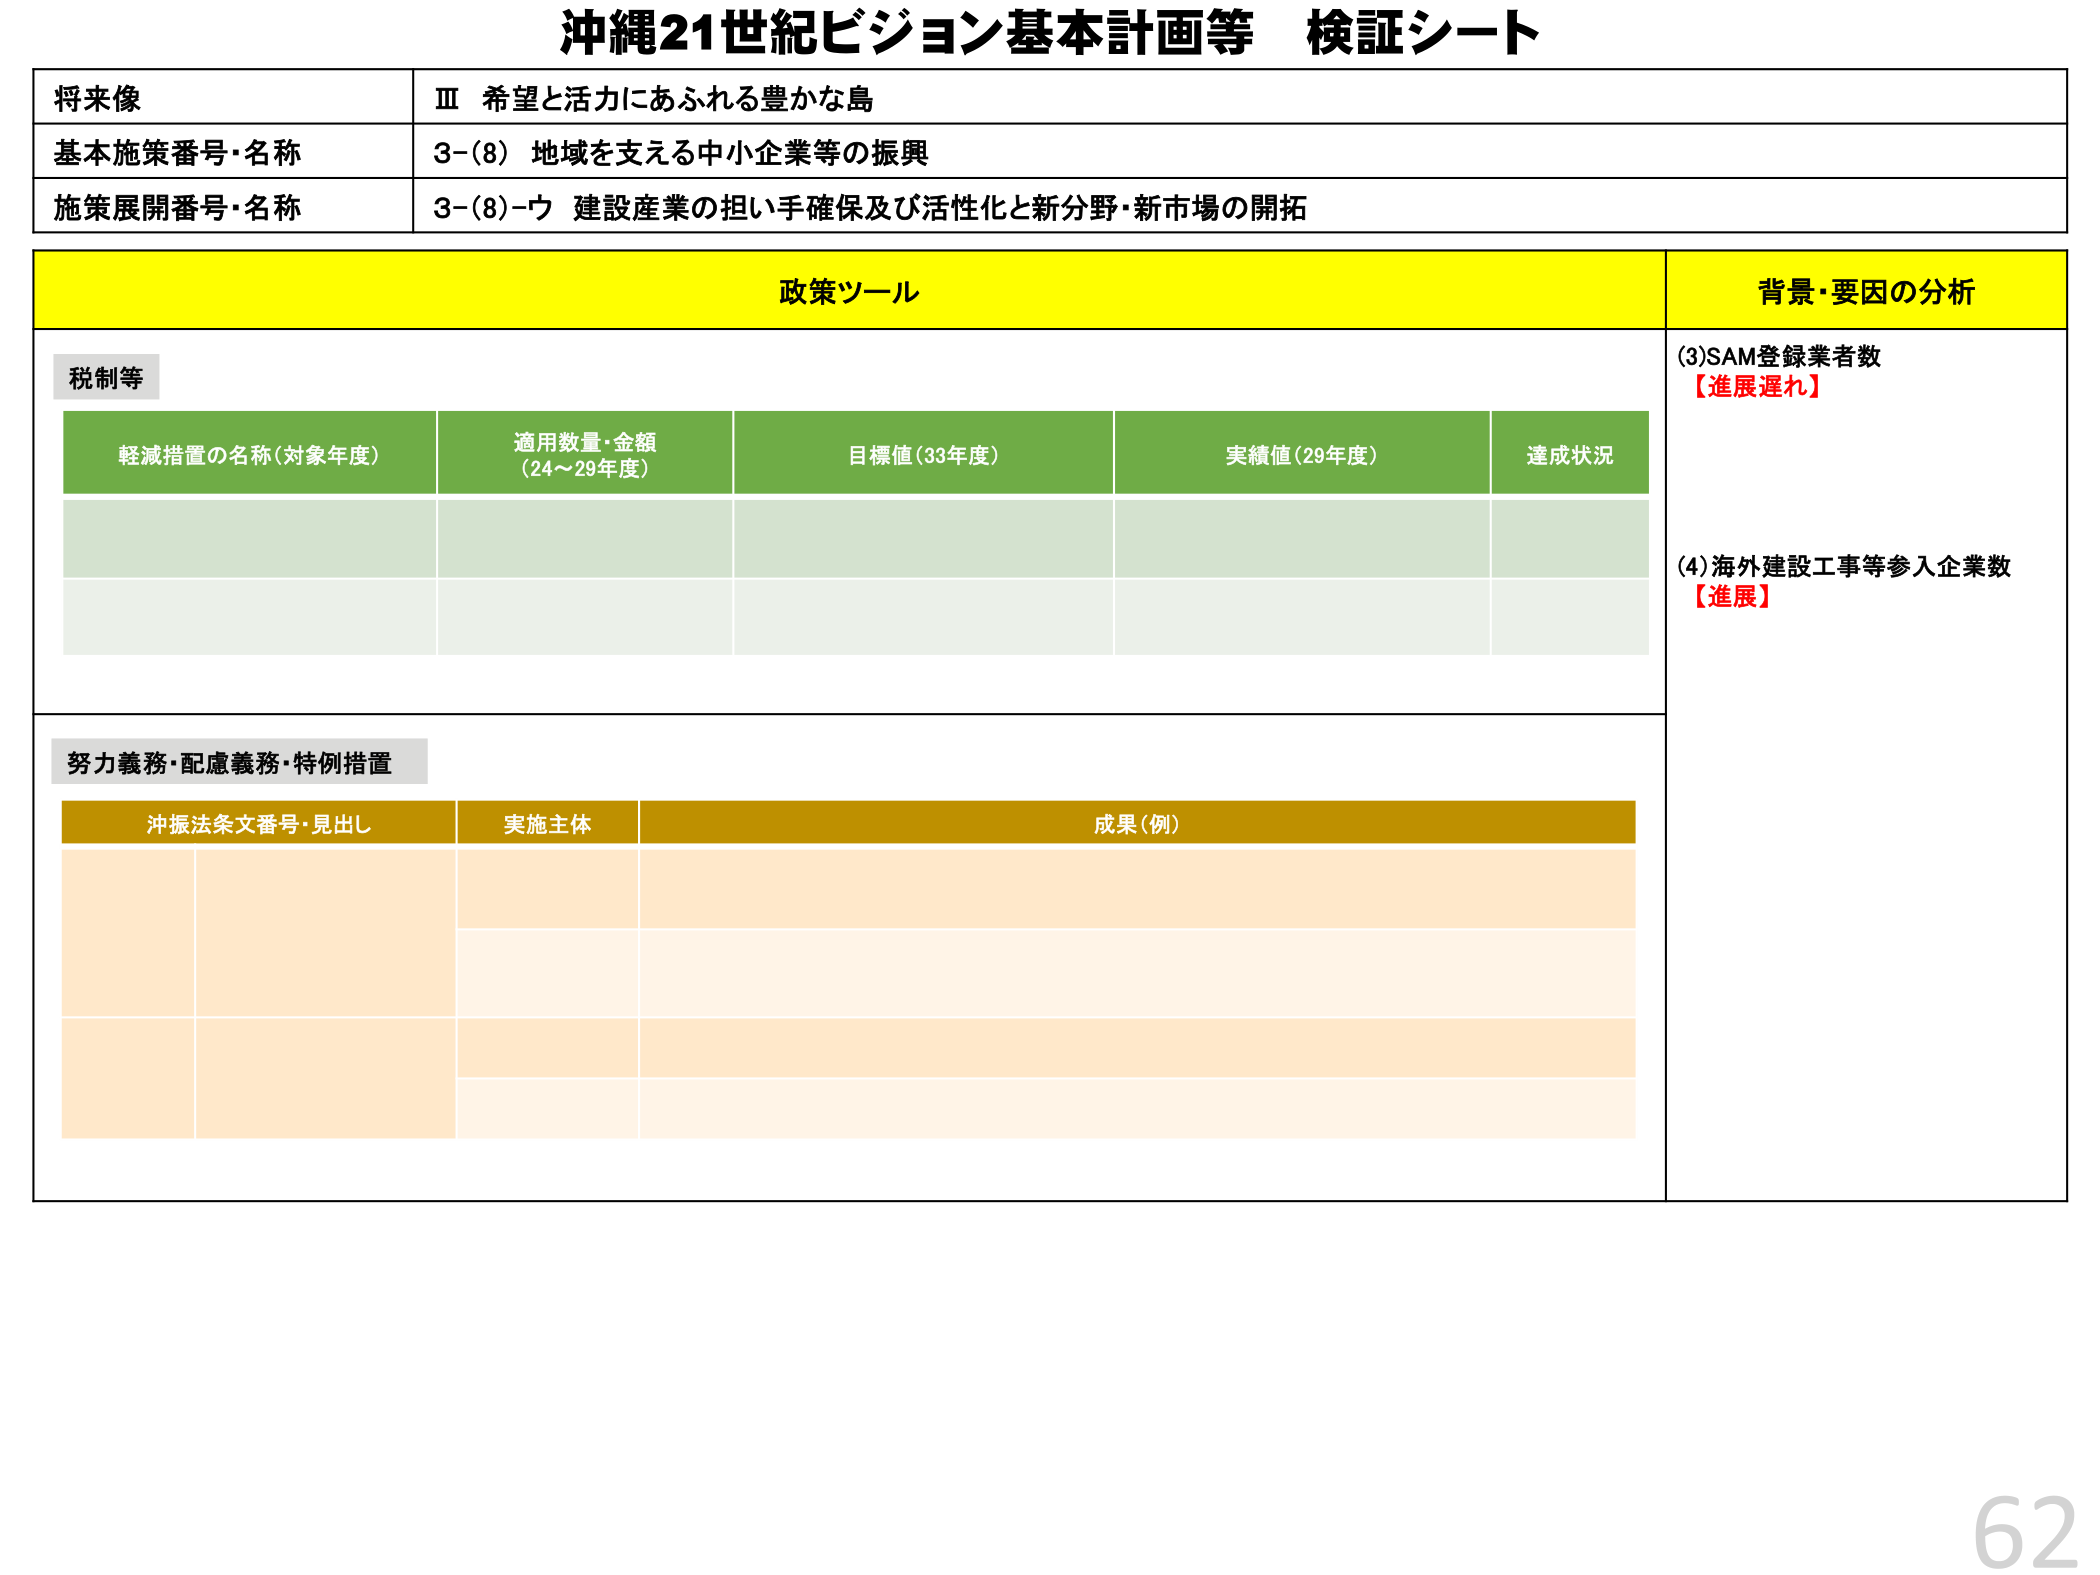
沖縄21世紀ビジョン基本計画等 検証シート

将来像
Ⅲ 希望と活力にあふれる豊かな島

基本施策番号・名称
3-(8) 地域を支える中小企業等の振興

施策展開番号・名称
3-(8)-ウ 建設産業の担い手確保及び活性化と新分野・新市場の開拓

政策ツール
背景・要因の分析

税制等
軽減措置の名称（対象年度）
適用数量・金額（24～29年度）
目標値（33年度）
実績値（29年度）
達成状況

(3)SAM登録業者数
【進展遅れ】

(4)海外建設工事等参入企業数
【進展】

努力義務・配慮義務・特例措置
沖振法条文番号・見出し
実施主体
成果（例）

62